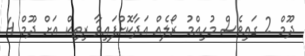
ދޫމް 2 ގައިވެސް މުހިއްމު ރޯލެއް އަދާކޮށްފައިވާ ރިތިކް އަށް ދޫމް 4